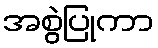
အစွဲပြုကာ